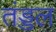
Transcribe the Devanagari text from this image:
तंड्डल